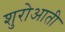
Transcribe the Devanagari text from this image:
शुरोआती